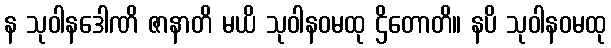
န သုဝါနဒေါဏိ ဇာနာတိ မယိ သုဝါနဝမထု ဌိတောတိ။ နပိ သုဝါနဝမထု